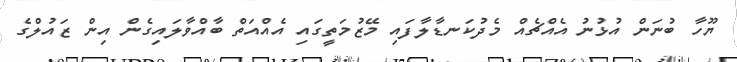
ޔޫހާ ބުނަން އުޅުނު އެއްޗެއް މެދުކަނޑާލާފައި މޭޒުމަތީގައި އެއްއަތް ބާއްވާލައިގެން އިން ޒައުލްގެ